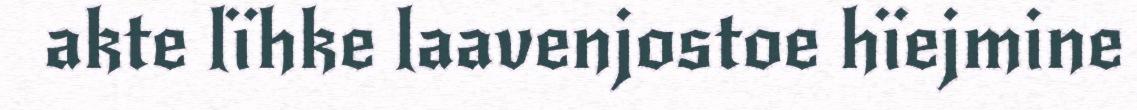
akte lïhke laavenjostoe hïejmine